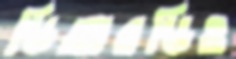
ডিআরডিও